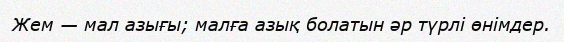
Жем — мал азығы; малға азық болатын әр түрлі өнімдер.